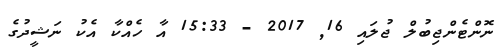
ނޮންޓެންޖިބުލް ޖުލައި 16